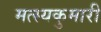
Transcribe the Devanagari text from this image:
मत्स्यकुमारी